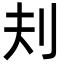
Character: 𪞾